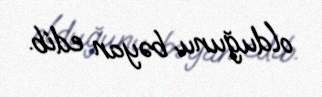
olduğunu bəyan edib.